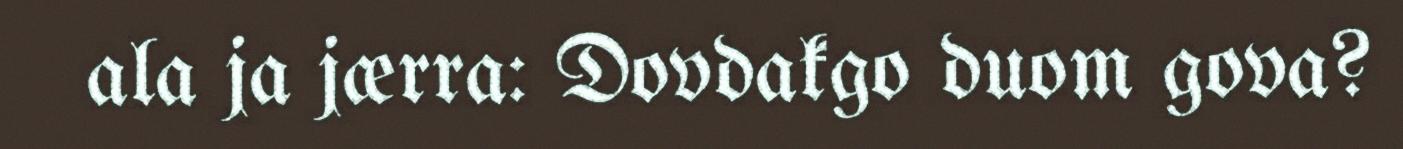
ala ja jærra: Dovdakgo duom gova?